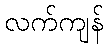
လက်ကျန်